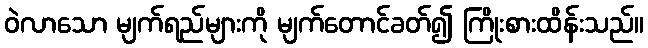
ဝဲလာသော မျက်ရည်များကို မျက်တောင်ခတ်၍ ကြိုးစားထိန်းသည်။